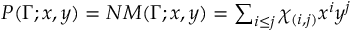
\begin{array} { r } { P ( \Gamma ; x , y ) = N M ( \Gamma ; x , y ) = \sum _ { i \leq j } \chi _ { ( i , j ) } x ^ { i } y ^ { j } } \end{array}